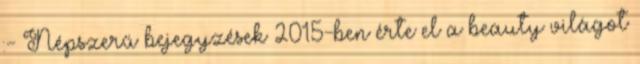
:- Népszerű bejegyzések 2015-ben érte el a beauty világot